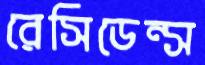
রেসিডেন্স